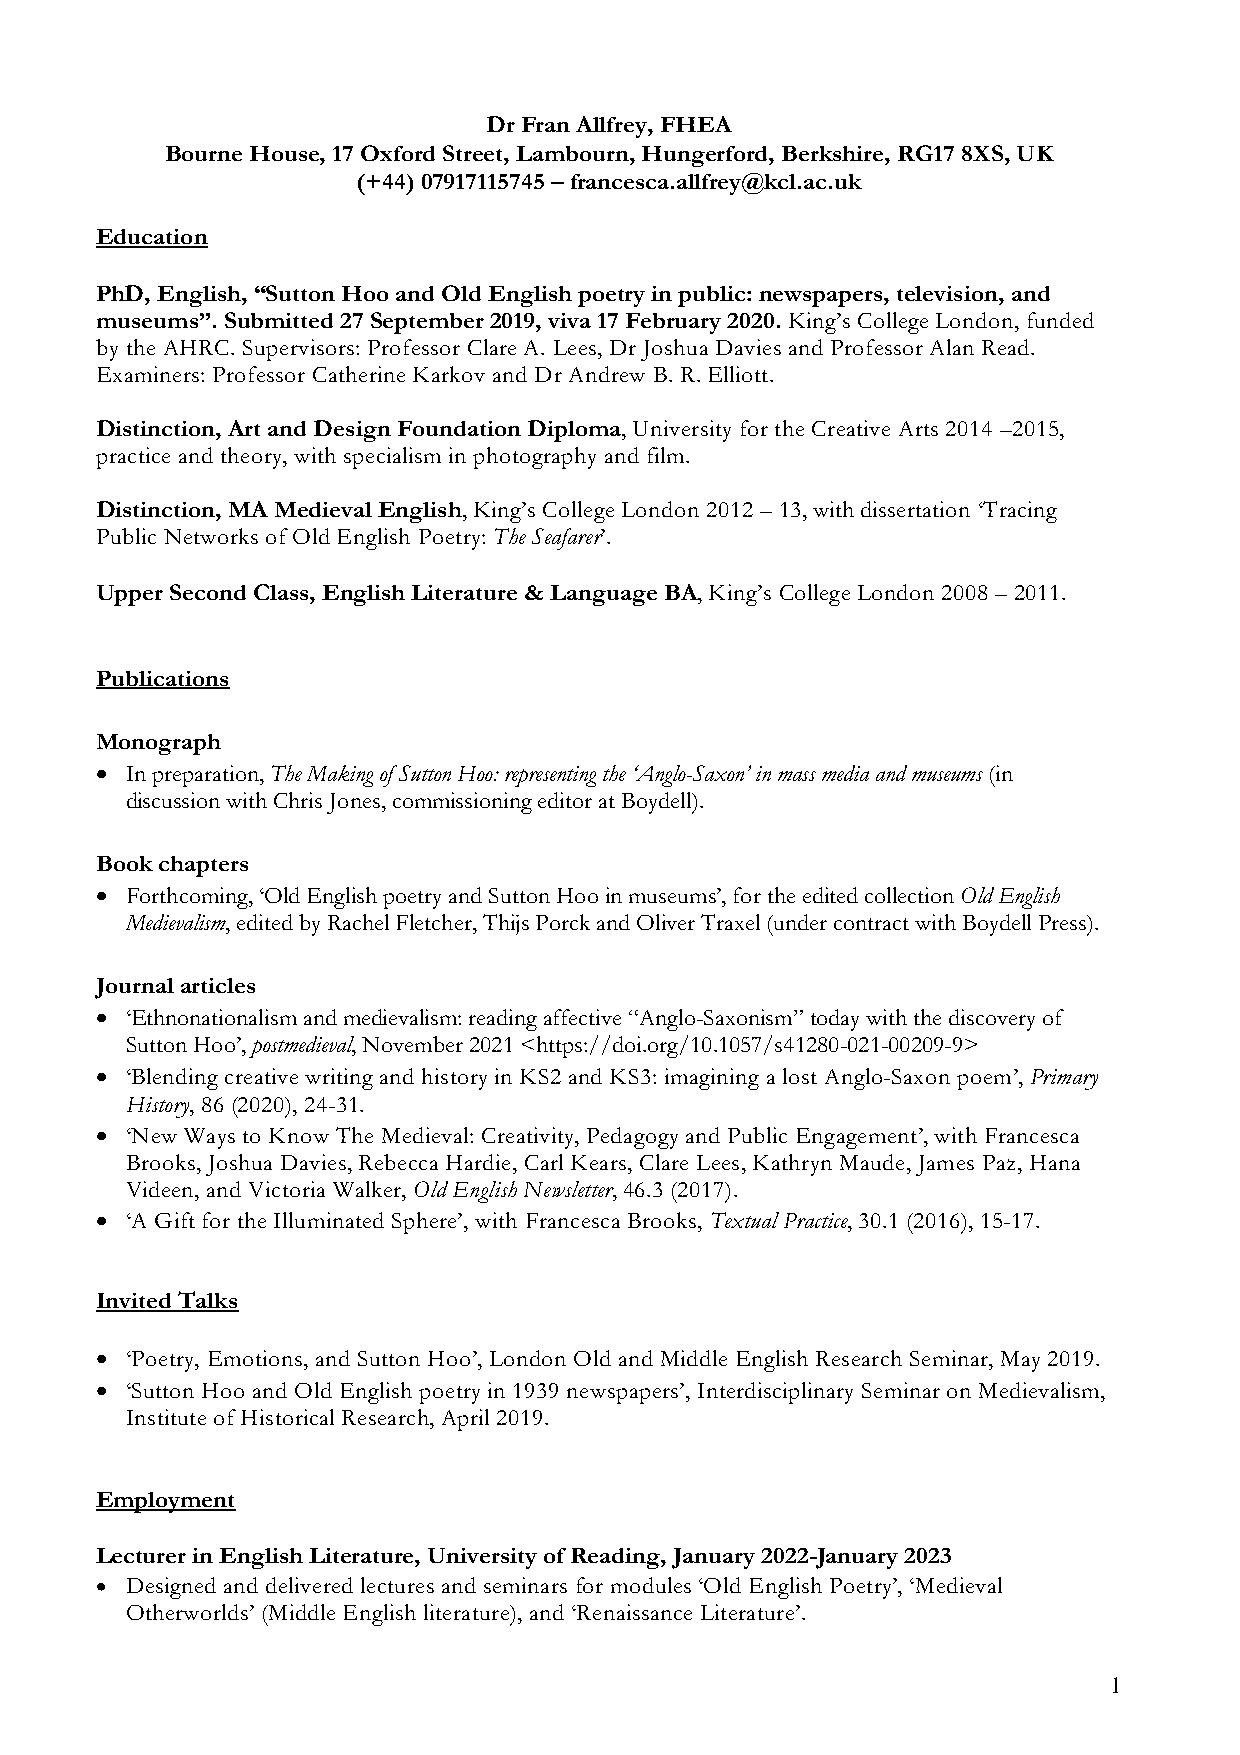
Dr Fran Allfrey, FHEA
 Bourne House, 17 Oxford Street, Lambourn, Hungerford, Berkshire, RG17 8XS, UK
 (+44) 07917115745 – francesca.allfrey@kcl.ac.uk
 Education
 PhD, English, “Sutton Hoo and Old English poetry in public: newspapers, television, and
 museums”. Submitted 27 September 2019, viva 17 February 2020. King’s College London, funded
 by the AHRC. Supervisors: Professor Clare A. Lees, Dr Joshua Davies and Professor Alan Read.
 Examiners: Professor Catherine Karkov and Dr Andrew B. R. Elliott.
 Distinction, Art and Design Foundation Diploma, University for the Creative Arts 2014 –2015,
 practice and theory, with specialism in photography and film.
 Distinction, MA Medieval English, King’s College London 2012 – 13, with dissertation ‘Tracing
 Public Networks of Old English Poetry: The Seafarer’.
 Upper Second Class, English Literature & Language BA, King’s College London 2008 – 2011.
 Publications
 Monograph
 • In preparation, The Making of Sutton Hoo: representing the ‘Anglo-Saxon’ in mass media and museums (in
 discussion with Chris Jones, commissioning editor at Boydell).
 Book chapters
 • Forthcoming, ‘Old English poetry and Sutton Hoo in museums’, for the edited collection Old English
 Medievalism, edited by Rachel Fletcher, Thijs Porck and Oliver Traxel (under contract with Boydell Press).
 Journal articles
 • ‘Ethnonationalism and medievalism: reading affective “Anglo-Saxonism” today with the discovery of
 Sutton Hoo’, postmedieval, November 2021 <https://doi.org/10.1057/s41280-021-00209-9>
 • ‘Blending creative writing and history in KS2 and KS3: imagining a lost Anglo-Saxon poem’, Primary
 History, 86 (2020), 24-31.
 • ‘New Ways to Know The Medieval: Creativity, Pedagogy and Public Engagement’, with Francesca
 Brooks, Joshua Davies, Rebecca Hardie, Carl Kears, Clare Lees, Kathryn Maude, James Paz, Hana
 Videen, and Victoria Walker, Old English Newsletter, 46.3 (2017).
 • ‘A Gift for the Illuminated Sphere’, with Francesca Brooks, Textual Practice, 30.1 (2016), 15-17.
 Invited Talks
 • ‘Poetry, Emotions, and Sutton Hoo’, London Old and Middle English Research Seminar, May 2019.
 • ‘Sutton Hoo and Old English poetry in 1939 newspapers’, Interdisciplinary Seminar on Medievalism,
 Institute of Historical Research, April 2019.
 Employment
 Lecturer in English Literature, University of Reading, January 2022-January 2023
 • Designed and delivered lectures and seminars for modules ‘Old English Poetry’, ‘Medieval
 Otherworlds’ (Middle English literature), and ‘Renaissance Literature’.
 1